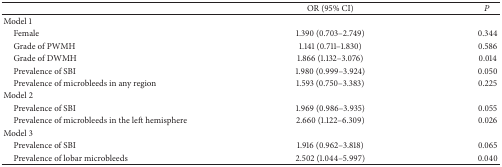
<table><thead><tr><td><b> </b></td><td><b>OR (95% CI)</b></td><td><b><i>P</i></b></td></tr></thead><tbody><tr><td>Model 1</td><td> </td><td> </td></tr><tr><td> Female</td><td>1.390 (0.703–2.749)</td><td>0.344</td></tr><tr><td> Grade of PWMH</td><td>1.141 (0.711–1.830)</td><td>0.586</td></tr><tr><td> Grade of DWMH</td><td>1.866 (1.132–3.076)</td><td>0.014</td></tr><tr><td> Prevalence of SBI</td><td>1.980 (0.999–3.924)</td><td>0.050</td></tr><tr><td> Prevalence of microbleeds in any region</td><td>1.593 (0.750–3.383)</td><td>0.225</td></tr><tr><td>Model 2</td><td> </td><td> </td></tr><tr><td> Prevalence of SBI</td><td>1.969 (0.986–3.935)</td><td>0.055</td></tr><tr><td> Prevalence of microbleeds in the left hemisphere</td><td>2.660 (1.122–6.309)</td><td>0.026</td></tr><tr><td>Model 3</td><td> </td><td> </td></tr><tr><td> Prevalence of SBI</td><td>1.916 (0.962–3.818)</td><td>0.065</td></tr><tr><td> Prevalence of lobar microbleeds</td><td>2.502 (1.044–5.997)</td><td>0.040</td></tr></tbody></table>